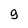
Character: 9